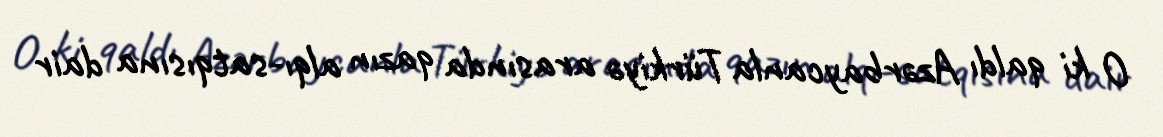
O ki qaldı Azərbaycanla Türkiyə arasında qazın alqı-satqısına dair